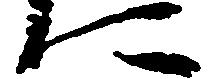
に